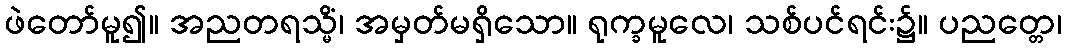
ဖဲတော်မူ၍။ အညတရသ္မိံ၊ အမှတ်မရှိသော။ ရုက္ခမူလေ၊ သစ်ပင်ရင်း၌။ ပညတ္တေ၊